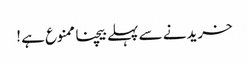
خریدنے سے پہلے بیچنا ممنوع ہے !